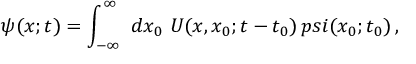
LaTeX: \psi ( x ; t ) = \int _ { - \infty } ^ { \infty } \ d x _ { 0 } \ { \cal U } ( x , x _ { 0 } ; t - t _ { 0 } ) \, p s i ( x _ { 0 } ; t _ { 0 } ) \, ,